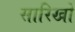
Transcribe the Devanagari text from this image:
सारिखो